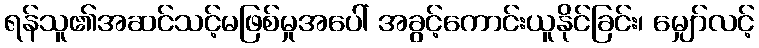
ရန်သူ၏အဆင်သင့်မဖြစ်မှုအပေါ် အခွင့်ကောင်းယူနိုင်ခြင်း၊ မျှော်လင့်